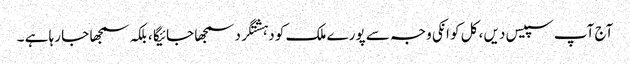
آج آپ سپیس دیں ، کل کو انکی وجہ سے پورے ملک کو دہشتگرد سمجھا جائیگا ، بلکہ سمجھا جا رہا ہے ۔